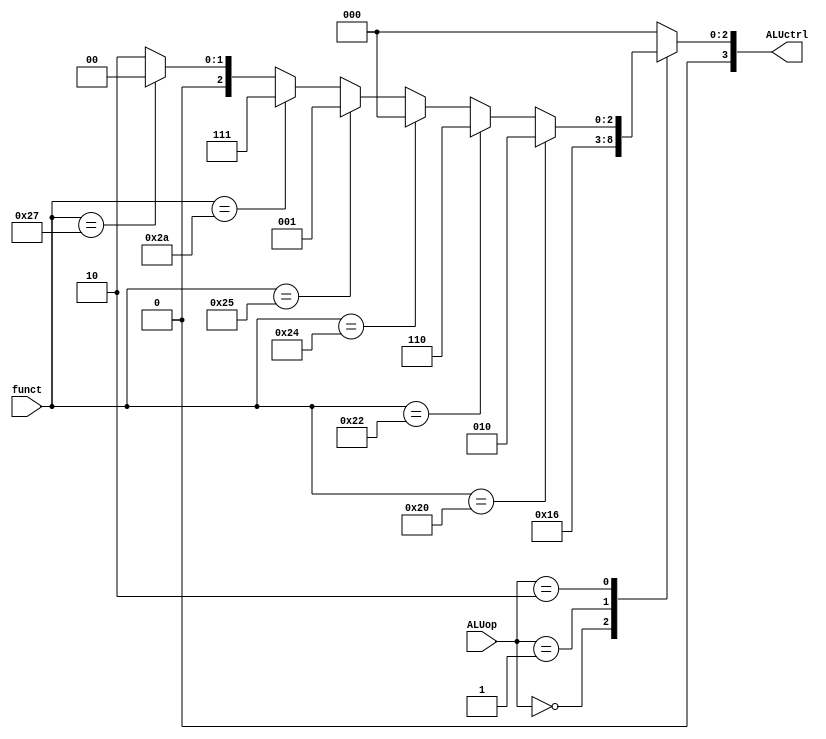
`timescale 1ns/1ps

module ALU_Control(
    input wire [1:0] ALUop,
    input wire [5:0] funct,
    output reg [3:0] ALUctrl
    );
/*
    ALUop	Funct	        ALUcontrol
lw  0 0     X X X X X X	    0 0 1 0
sw	0 0	    X X X X X X	    0 0 1 0
beq	0 1	    X X X X X X	    0 1 1 0
add	1 0	    1 0 0 0 0 0	    0 0 1 0
sub	1 0	    1 0 0 0 1 0	    0 1 1 0
and	1 0	    1 0 0 1 0 0	    0 0 0 0
or	1 0	    1 0 0 1 0 1	    0 0 0 1
slt	1 0	    1 0 1 0 1 0	    0 1 1 1
*/

    always @(ALUop or funct) begin
      case (ALUop)
        2'b00:  ALUctrl = 4'b0010; // lw, sw
        2'b01:  ALUctrl = 4'b0110; // beq
        2'b10:  if (funct == 6'b100000) // add
                    ALUctrl = 4'b0010;
                else if (funct == 6'b100010) // sub
                    ALUctrl = 4'b0110;
                else if (funct == 6'b100100) // and
                    ALUctrl = 4'b0000;
                else if (funct == 6'b100101) // or
                    ALUctrl = 4'b0001;
                else if (funct == 6'b101010) // slt
                    ALUctrl = 4'b0111;
                else if (funct == 6'b100111) // nor
                    ALUctrl = 4'b0000;
                else
                    ALUctrl = 4'b0010;
        default: ALUctrl = 4'd0;
      endcase
    end
endmodule